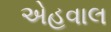
એહવાલ